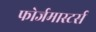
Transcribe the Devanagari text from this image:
फोर्जमास्टर्स